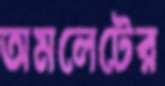
অমলেটের